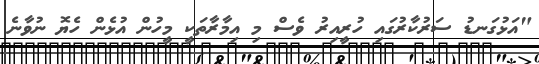
"އަޅުގަނޑު ސަރުކާރުގައި ހުރީއިރު ވެސް މި އިމާރާތަކީ މީހުން އުޅެން ހެޔޮ ނުވާނެ